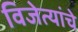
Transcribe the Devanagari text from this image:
विजेत्यांचे